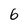
Character: 6